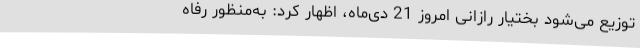
توزیع می‌شود بختیار رازانی امروز 21 دی‌ماه، اظهار کرد: به‌منظور رفاه